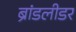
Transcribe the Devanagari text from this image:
ब्रांडलीडर